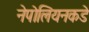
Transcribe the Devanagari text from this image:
नेपोलियनकडे